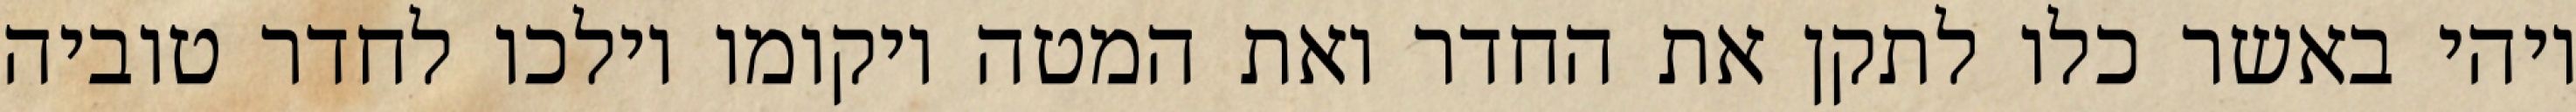
ויהי באשר כלו לתקן את החדר ואת המטה ויקומו וילכו לחדר טוביה